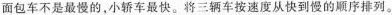
面包车不是最慢的，小轿车最快。将三辆车按速度从快到慢的顺序排列。